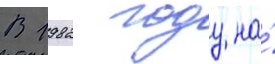
В 1982 году на́